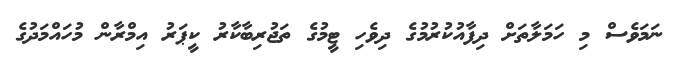
ނަމަވެސް މި ހަމަލާތަށް ދިފާއުކުރުމުގެ ދިވެހި ޓީމުގެ ތަޖުރިބާކާރު ކީޕަރު އިމްރާން މުހައްމަދުގެ